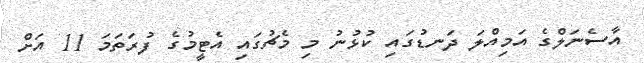
އާސެނަލްގެ އަމިއްލަ ދަނޑުގައި ކުޅުނު މި މެޗުގައި އެޓީމުގެ ފުރަތަމަ 11 އަށް